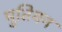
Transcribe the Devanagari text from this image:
मुतियन